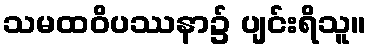
သမထဝိပဿနာ၌ ပျင်းရိသူ။